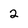
Character: 2